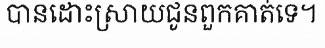
បានដោះស្រាយជូនពួកគាត់ទេ។